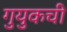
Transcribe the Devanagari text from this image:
गुयुकची